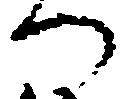
へ